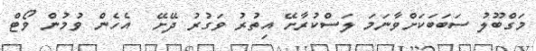
މަގްބޫލު ސަބަބަކަށްވާނަމަ ލަސްކުރާށޭ އިތުރު ވަގުރު ދޭށޭ  އެހެން ވުމުން ވޯޓް